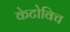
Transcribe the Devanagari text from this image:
केटोविच